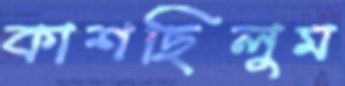
কাশছিলুম